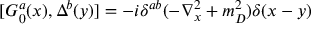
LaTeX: { [ { \cal { G } } _ { 0 } ^ { a } ( x ) , \Delta ^ { b } ( y ) ] } = - i \delta ^ { a b } ( - \nabla _ { x } ^ { 2 } + m _ { D } ^ { 2 } ) \delta ( x - y )